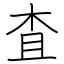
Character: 査